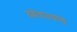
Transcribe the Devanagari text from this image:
डबेवाल्यांचे